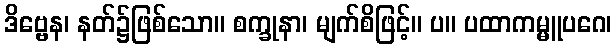
ဒိဗ္ဗေန၊ နတ်၌ဖြစ်သော။ စက္ခုနာ၊ မျက်စိဖြင့်။ ပ။ ပထာကမ္မူပဂေ၊